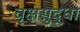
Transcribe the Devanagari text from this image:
वृक्षसुद्धा